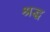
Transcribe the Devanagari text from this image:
श्रद्ध